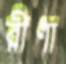
রীণা